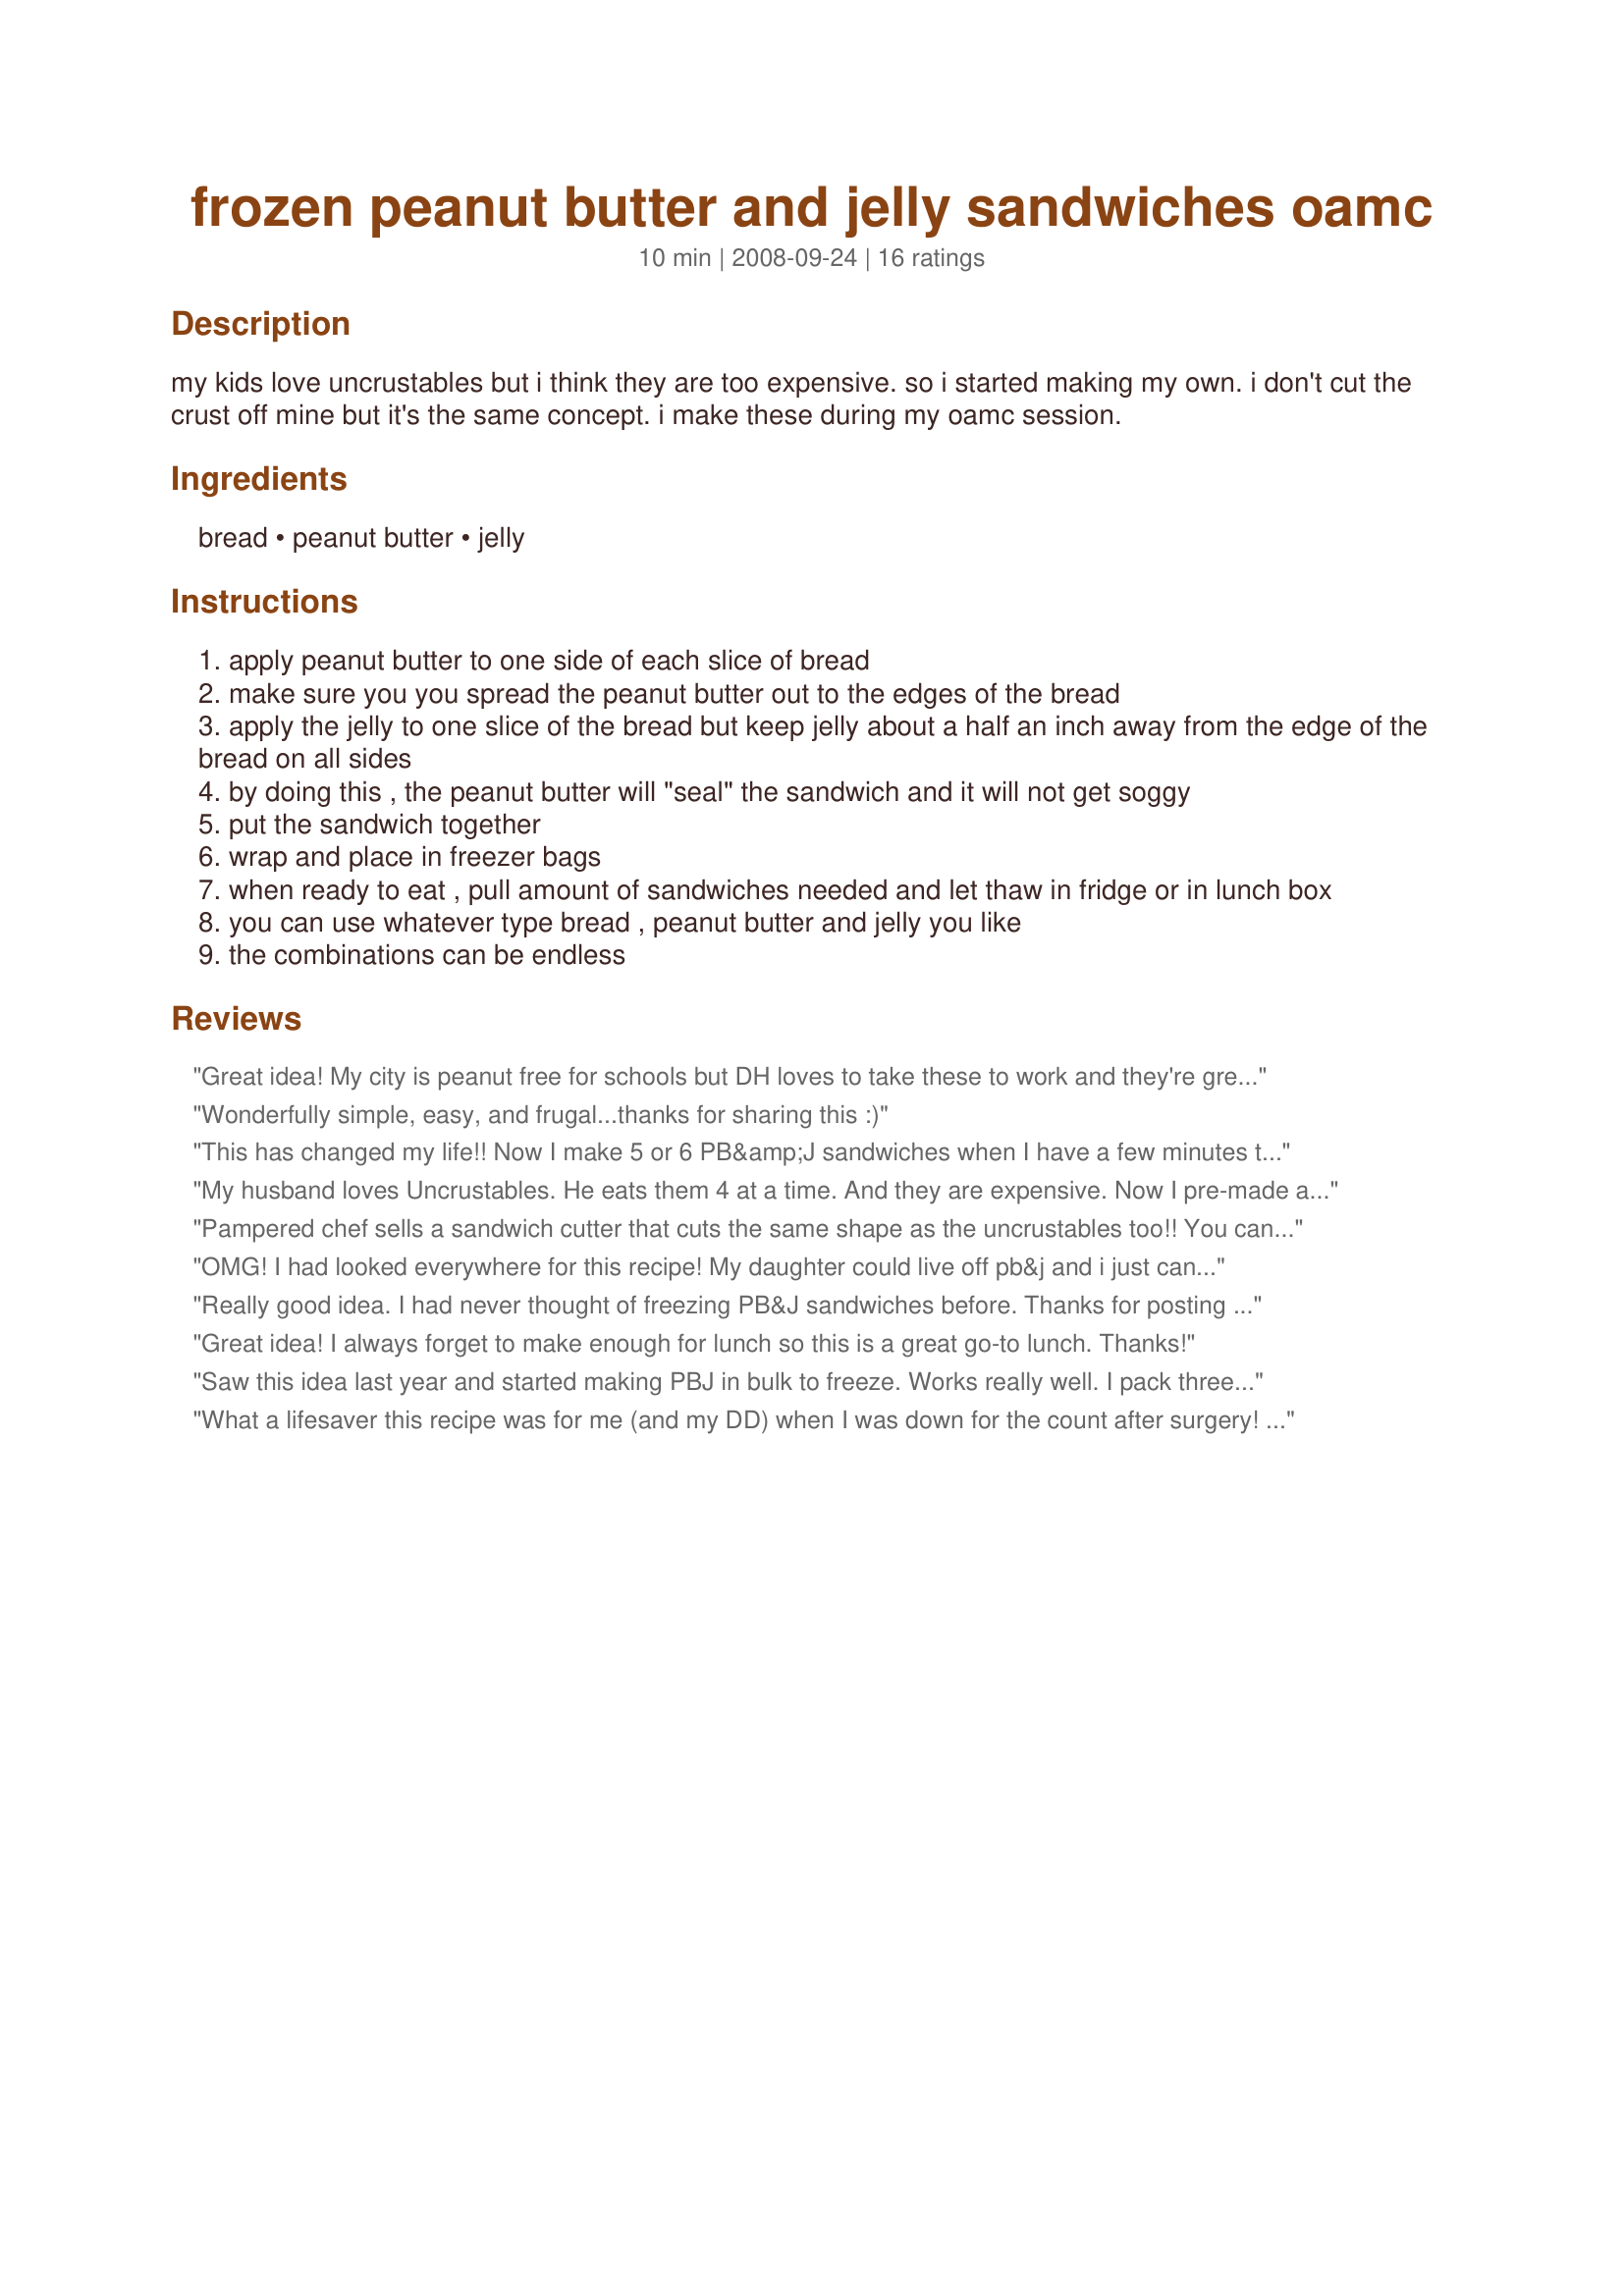
frozen peanut butter and jelly sandwiches oamc
Preparation time: 10 minutes

my kids love uncrustables but i think they are too expensive. so i started making my own. i don't cut the crust off mine but it's the same concept. i make these during my oamc session.

Ingredients:
bread, peanut butter, jelly

Steps:
apply peanut butter to one side of each slice of bread
make sure you you spread the peanut butter out to the edges of the bread
apply the jelly to one slice of the bread but keep jelly about a half an inch away from the edge of the bread on all sides
by doing this , the peanut butter will "seal" the sandwich and it will not get soggy
put the sandwich together
wrap and place in freezer bags
when ready to eat , pull amount of sandwiches needed and let thaw in fridge or in lunch box
you can use whatever type bread , peanut butter and jelly you like
the combinations can be endless

Reviews:
Great idea! My city is peanut free for schools but DH loves to take these to work and they're great for taking on picnics and will be perfect for the beach!
Wonderfully simple, easy, and frugal...thanks for sharing this :)
This has changed my life!! Now I make 5 or 6 PB&amp;J sandwiches when I have a few minutes to spare, and keep the in a stack in the freezer to have at the ready. They thaw perfectly -- you&#039;d NEVER know they were frozen. I use whole wheat bread &amp; natural peanut butter, both with great results.
My husband loves Uncrustables. He eats them 4 at a time. And they are expensive. Now I pre-made a ton of these. Different flavors. Marmalade, crunchy PB. He loves them for work. Our kids will be getting these in their lunches this year. Great time and money saver.
Pampered chef sells a sandwich cutter that cuts the same shape as the uncrustables too!! You can make yourself, save the scraps for bread crumbs.
OMG! I had looked everywhere for this recipe! My daughter could live off pb&j and i just cant bring myself to pay the high $$ of the uncrustables..The tip on taking the pb to the edge of the bread and put the jelly in the middle to form the seal is JUST WHAT I NEEDED TO KNOW!! I am a huge OAMC and this is by far the most used recipe in our house..Thanks for sharing this
Really good idea. I had never thought of freezing PB&J sandwiches before. Thanks for posting this!
Great idea! I always forget to make enough for lunch so this is a great go-to lunch. Thanks!
Saw this idea last year and started making PBJ in bulk to freeze. Works really well. I pack three kids' lunches everyday and it's something I dread, but this makes it so much better. Also great to keep on hand for a super quick dinner or snack when you're running out the door for baseball, and much healthier than the drive thru. Thanks for sharing the idea!
What a lifesaver this recipe was for me (and my DD) when I was down for the count after surgery! I can never thank you enough for posting this and letting me know that I could freeze these sandwiches! My DD thanks you too! She was ear to ear smiles when I would tell her she could go get her pb&j out of the freezer herself and take it for lunch! Gave her a sense of independence and me a sense of knowing I was still making sure she was taken care of!
My kids havent tried these yet, but I know they will love them. Made them so when I wont be home one day next week, it will be an easy lunch when my DH is home with two of my boys. I will definalty be looking into getting the thing that seals the sandwiches for these sandwiches! Thanks for the simple recipe!!
I might be crazy, but I think these sandwiches taste much better after freezing. I make a huge batch each week and pop a sandwich and an apple into my lunch sack for work. Couldn't be easier!
So easy ... and perfect for my 7 year old son who takes nothing but PB&J to school every day.
Great!
My son is obsessed with Uncrustables, and when I was pregnant with my daughter I was too!!! I always am making him sandwiches with my PC Cut and Seal...but NEVER has it dawned on me to freeze them!!! Thank you so much! I just whipped up a whole tray full of these little guys...I stopped by Kroger when they were have there $.88 sale and got PB and Jelly for $.88 each and a loaf of their bread is $.78. I used half a jar of each, so for $1.66 I made 10 Uncrustables and have lots of crusts to use for home made bread crumbs! Thanks for this super idea and money saver!!
These are a real time saver in the morning! I've used honey instead of jelly for my picky 8 year old. I use my pampered chef cut-n-seal and they're just like the store bought ones!
